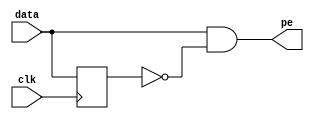
`timescale 1ns/1ps
module posedge_detector ( input data,            
                      input clk,            
                      output pe);           
    reg   pre_data;                          
 

  always @ (posedge clk) begin
    pre_data <= data;
  end
 
  assign pe = data & ~pre_data;            
endmodule